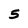
Character: 5